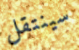
سينتقل